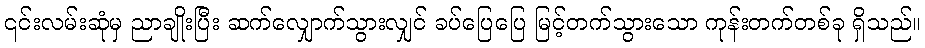
၎င်းလမ်းဆုံမှ ညာချိုးပြီး ဆက်လျှောက်သွားလျှင် ခပ်ပြေပြေ မြင့်တက်သွားသော ကုန်းတက်တစ်ခု ရှိသည်။